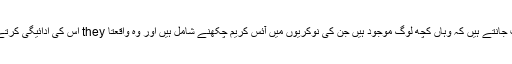
کیا آپ جانتے ہیں کہ وہاں کچھ لوگ موجود ہیں جن کی نوکریوں میں آئس کریم چکھنے شامل ہیں اور وہ واقعتا they اس کی ادائیگی کرتے ہیں؟